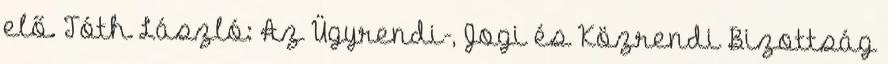
elő. Tóth László: Az Ügyrendi-, Jogi és Közrendi Bizottság